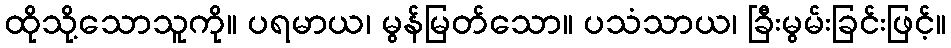
ထိုသို့သောသူကို။ ပရမာယ၊ မွန်မြတ်သော။ ပသံသာယ၊ ခြီးမွမ်းခြင်းဖြင့်။